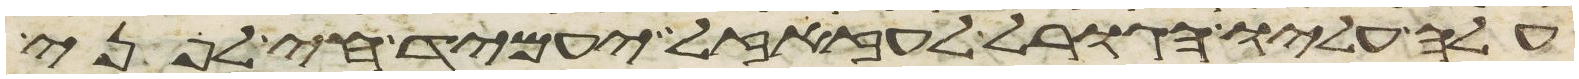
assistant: עלה עליו הגורל לעזזאל יעמיד חי לפני